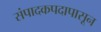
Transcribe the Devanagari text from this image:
संपादकपदापासून